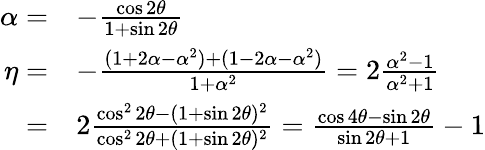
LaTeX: \begin{array}{rl}{\alpha=}&{-\frac{\cos 2\theta}{1+\sin 2\theta}}\\ {\eta=}&{-\frac{(1+2\alpha-\alpha^{2})+(1-2\alpha-\alpha^{2})}{1+\alpha^{2}}=2\frac{\alpha^{2}-1}{\alpha^{2}+1}}\\ {=}&{2\frac{\cos^{2}2\theta-(1+\sin 2\theta)^{2}}{\cos^{2}2\theta+(1+\sin 2\theta)^{2}}=\frac{\cos 4\theta-\sin 2\theta}{\sin 2\theta+1}-1}\end{array}